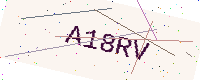
Text: A18RV